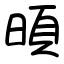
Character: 暊